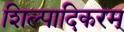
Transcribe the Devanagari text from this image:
शिल्पादिकरम्